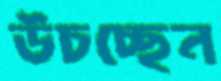
উচচ্ছেন